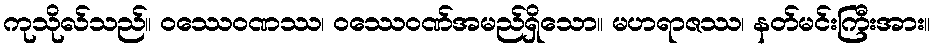
ကုသိုလ်သည်။ ဝဿေဝဏဿ၊ ဝဿေဝဏ်အမည်ရှိသော။ မဟရာဇဿ၊ နတ်မင်းကြီးအား။